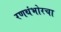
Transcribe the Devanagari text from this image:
रणथंभोरचा